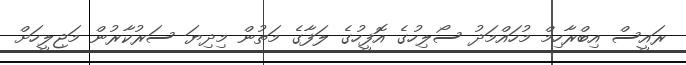
ރައީސް އިބްރާހިމް މުހައްމަދު ސޯލިހުގެ އޮފީހުގެ ލަފާގެ މަތުން މިދިޔަ ސަރުކާރުން މަޖިލީހަށް